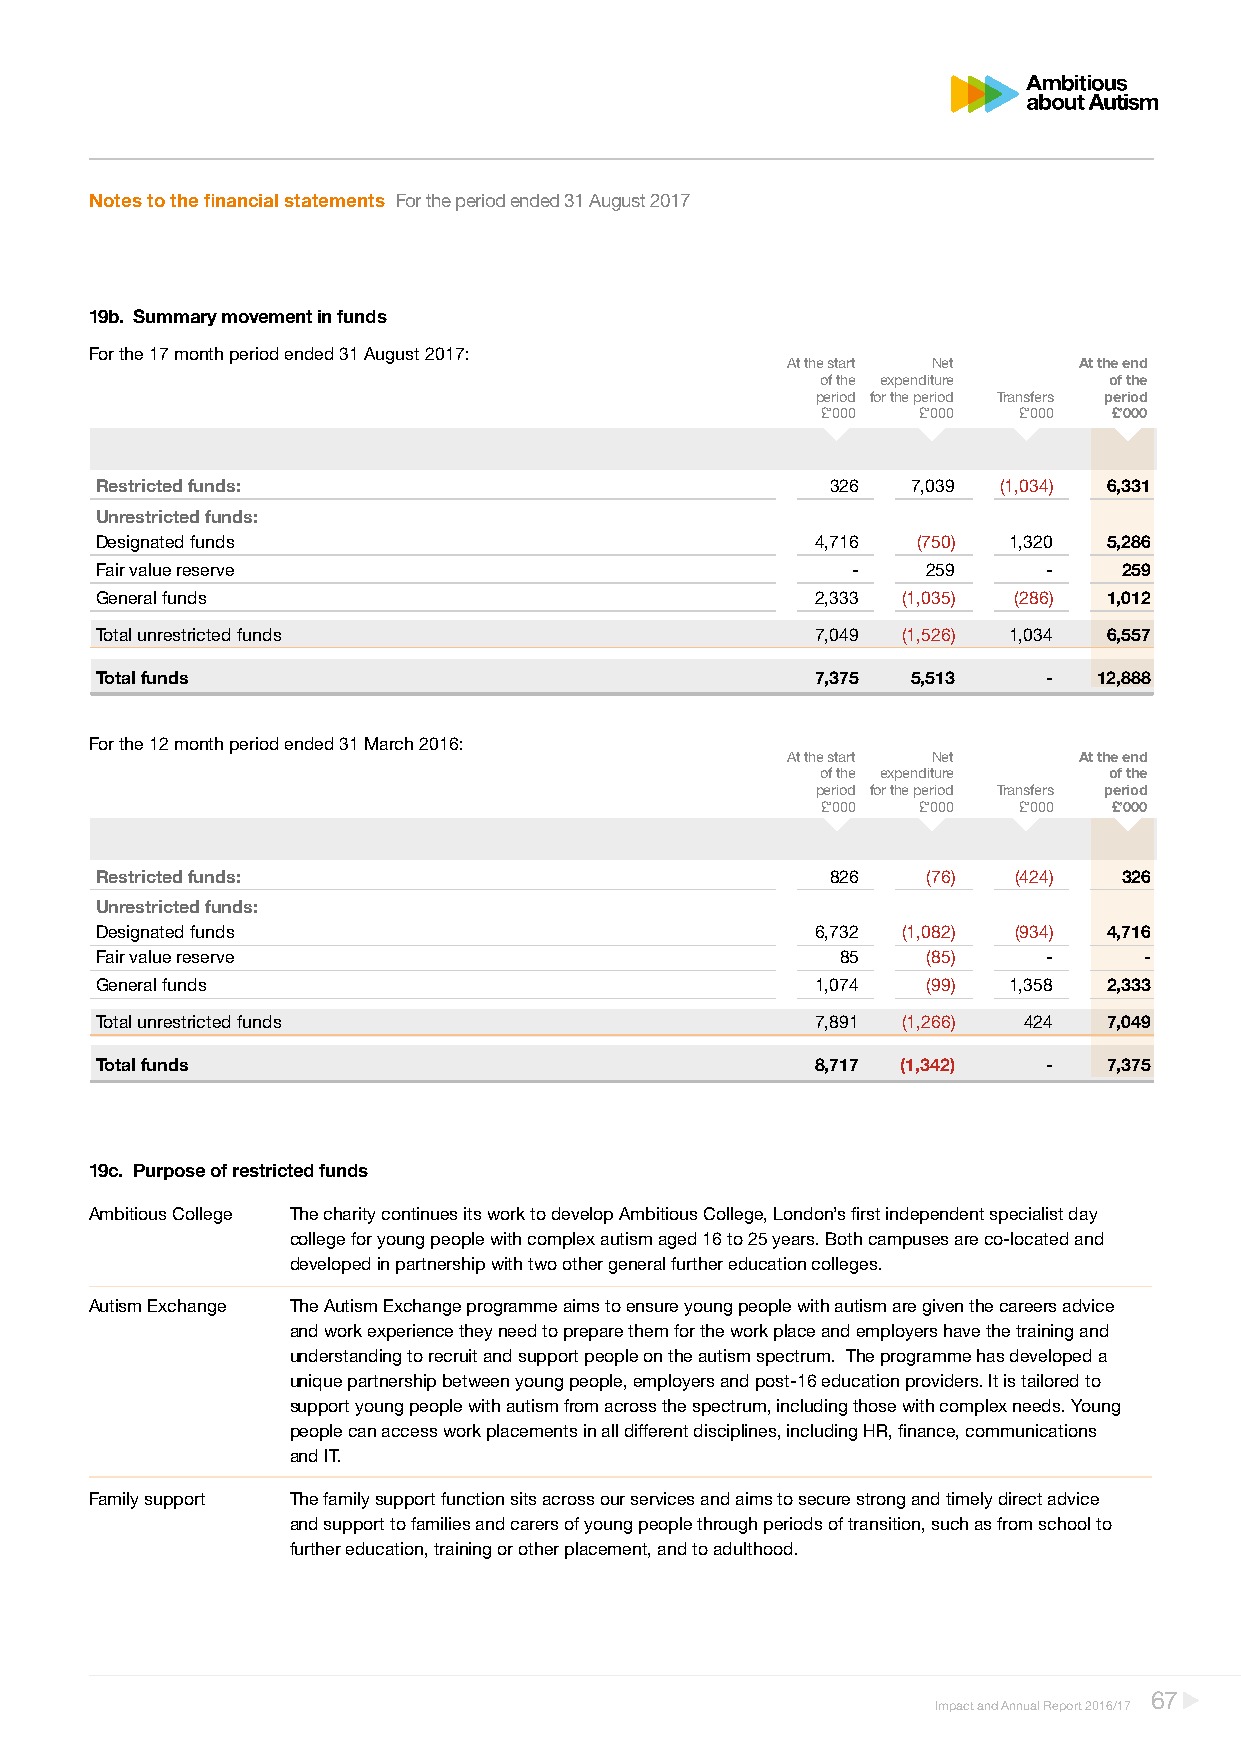
Notes to the financial statements For the period ended 31 August 2017
 19b. Summary movement in funds
 For the 17 month period ended 31 August 2017:
 At the start Net   At the end
 of the expenditure of the
 period for the period Transfers period
 £’000  £’000 £’000  £’000
 Restricted funds:                                326  7,039 (1,034) 6,331
 Unrestricted funds:
 Designated funds                                4,716  (750) 1,320 5,286
 Fair value reserve                                -    259     -    259
 General funds                                   2,333 (1,035) (286) 1,012
 Total unrestricted funds                        7,049 (1,526) 1,034 6,557
 Total funds                                     7,375 5,513    -   12,888
 For the 12 month period ended 31 March 2016:
 At the start Net   At the end
 of the expenditure of the
 period for the period Transfers period
 £’000  £’000 £’000  £’000
 Restricted funds:                                826   (76)  (424)  326
 Unrestricted funds:
 Designated funds                                6,732 (1,082) (934) 4,716
 Fair value reserve                                85   (85)    -      -
 General funds                                   1,074  (99)  1,358 2,333
 Total unrestricted funds                        7,891 (1,266) 424  7,049
 Total funds                                     8,717 (1,342)  -   7,375
 19c. Purpose of restricted funds
 Ambitious College The charity continues its work to develop Ambitious College, London’s first independent specialist day
 college for young people with complex autism aged 16 to 25 years. Both campuses are co-located and
 developed in partnership with two other general further education colleges.
 Autism Exchange The Autism Exchange programme aims to ensure young people with autism are given the careers advice
 and work experience they need to prepare them for the work place and employers have the training and
 understanding to recruit and support people on the autism spectrum. The programme has developed a
 unique partnership between young people, employers and post-16 education providers. It is tailored to
 support young people with autism from across the spectrum, including those with complex needs. Young
 people can access work placements in all different disciplines, including HR, finance, communications
 and IT.
 Family support The family support function sits across our services and aims to secure strong and timely direct advice
 and support to families and carers of young people through periods of transition, such as from school to
 further education, training or other placement, and to adulthood.
 67
 Impact and Annual Report 2016/17